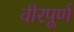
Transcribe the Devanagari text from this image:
वीरपूर्ण